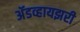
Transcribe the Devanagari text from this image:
अॅडव्हायझरी